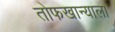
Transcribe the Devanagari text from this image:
तोफखान्याला